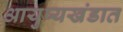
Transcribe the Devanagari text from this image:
आयुष्यखंडात